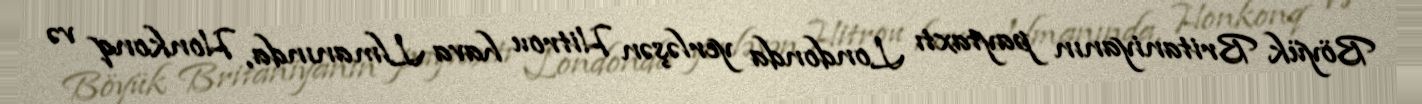
Böyük Britaniyanın paytaxtı Londonda yerləşən Hitrou hava Llmanında, Honkonq və